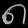
Digit: ၈